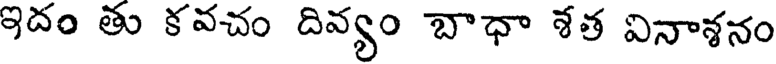
ఇదం తు కవచం దివ్యం బాధా శత వినాశనం